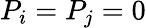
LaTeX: P_{i}=P_{j}=0